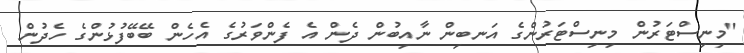
"މިނިސްޓަރުން މިނިސްޓަރުންގެ އަނބިން ނާއިބުން ދެން އެ ފެންވަރުގެ އެހެން ބޭބޭފުޅުންގެ ހެދުން